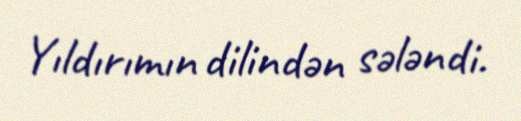
Yıldırımın dilindən sələndi.